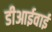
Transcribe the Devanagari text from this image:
डीआईवाई